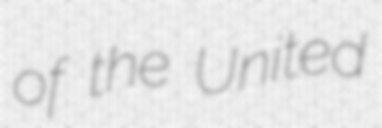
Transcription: of the United